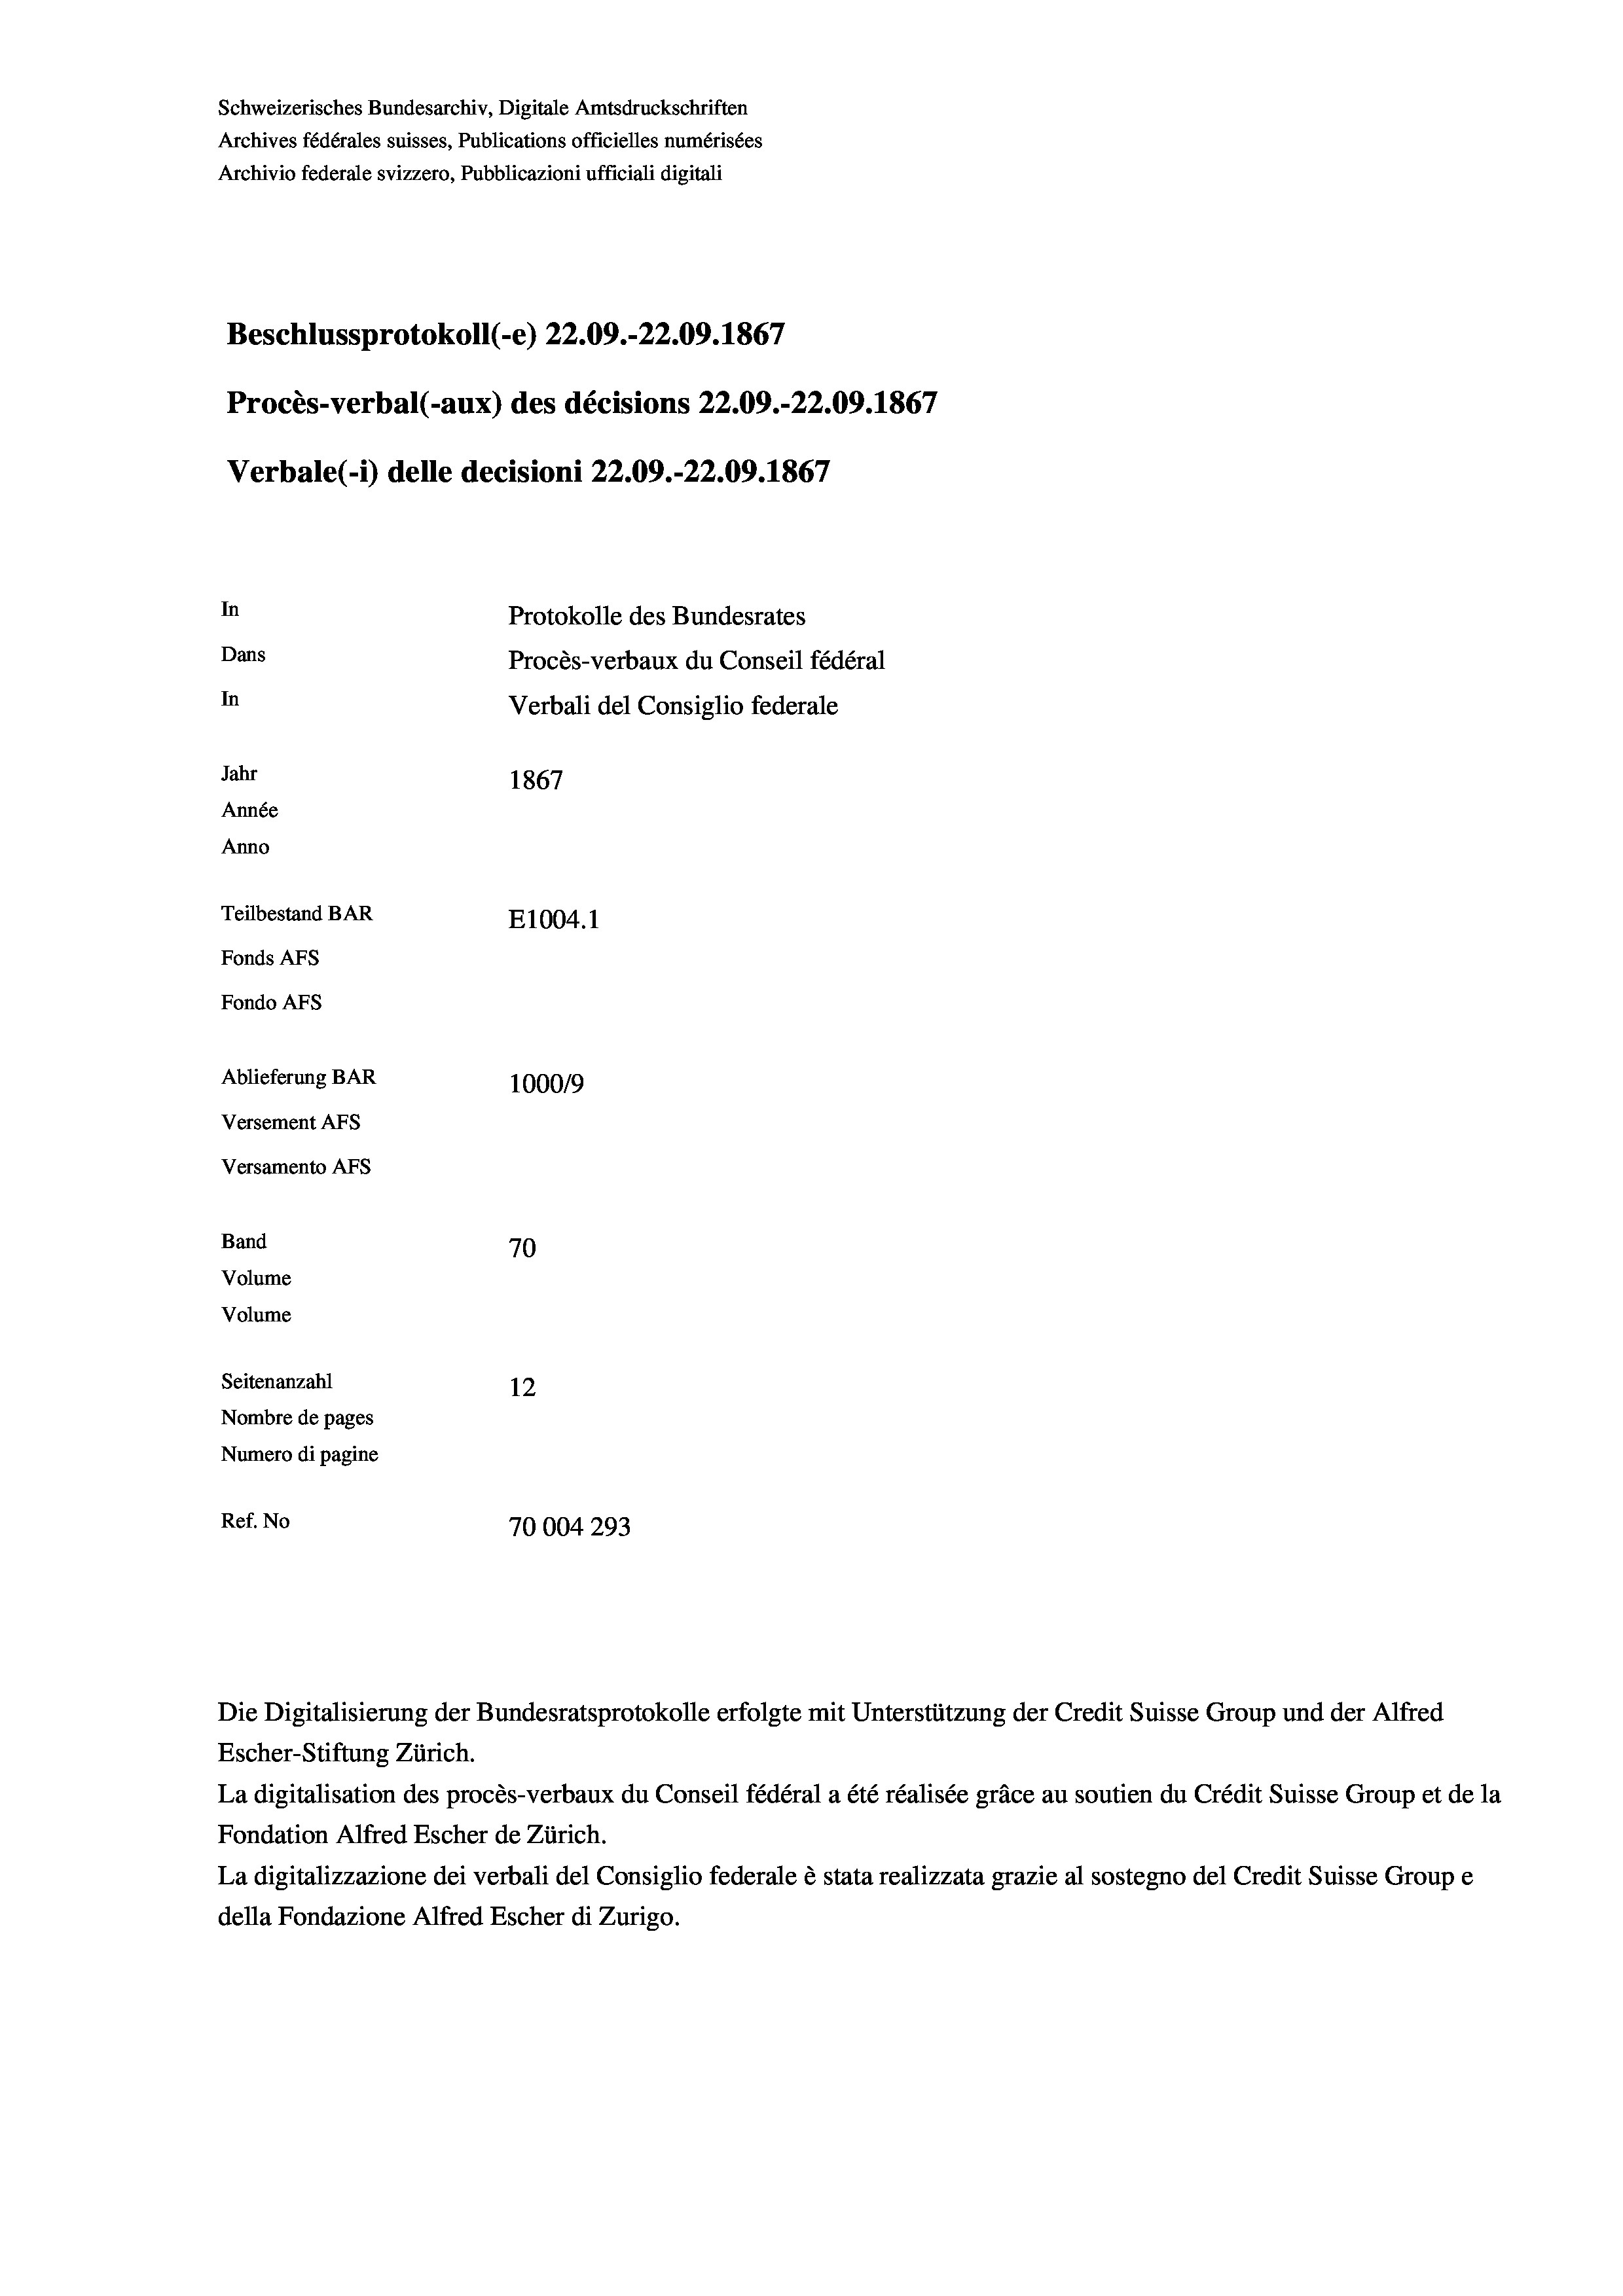
Schweizerisches Bundesarchiv, Digitale Amtsdruckschriften
Archives fédérales suisses, Publications officielles numérisées
Archivio federale svizzero, Pubblicazioni ufficiali digitali
Beschlussprotokoll (-e) 22.09.-22.09. 1867
Procès-verbal (-aux) des décisions 22.09.-22.09. 1867
Verbale (i) delle decisioni 22.09.-22.09. 1867
In
Protokolle des Bundesrates
Dans
Procès-verbaux du Conseil fédéral
In
Verbali del Consiglio federale
Jahr
1867
Année
Anno
Teilbestand BAR
E1004. 1
Fonds AFs
Fondo AFs
Ablieferung BAR
100019
Versement AFs
Versamento Afs

70
12
Nombre de pages
Numero di pagine
Ref. No
70004293

Band
Volume

Volume
Seitenanzahl

Escher-Stiftung Zürich.
La digitalisation des procès-verbaux du Conseil fédéral a été réalisée gräce au soutien du Crédit Suisse Group et de la
Fondation Alfred Escher de Zürich.
La digitalizzazione dei verbali del Consiglio federale è stata realizzata grazie al sostegno del Credit Suisse Groupe
della Fondazione Alfred Escher di Zurigo.

Die Digitalisierung der Bundesratsprotokolle erfolgte mit Unterstützung der Credit Suisse Group und der Alfred